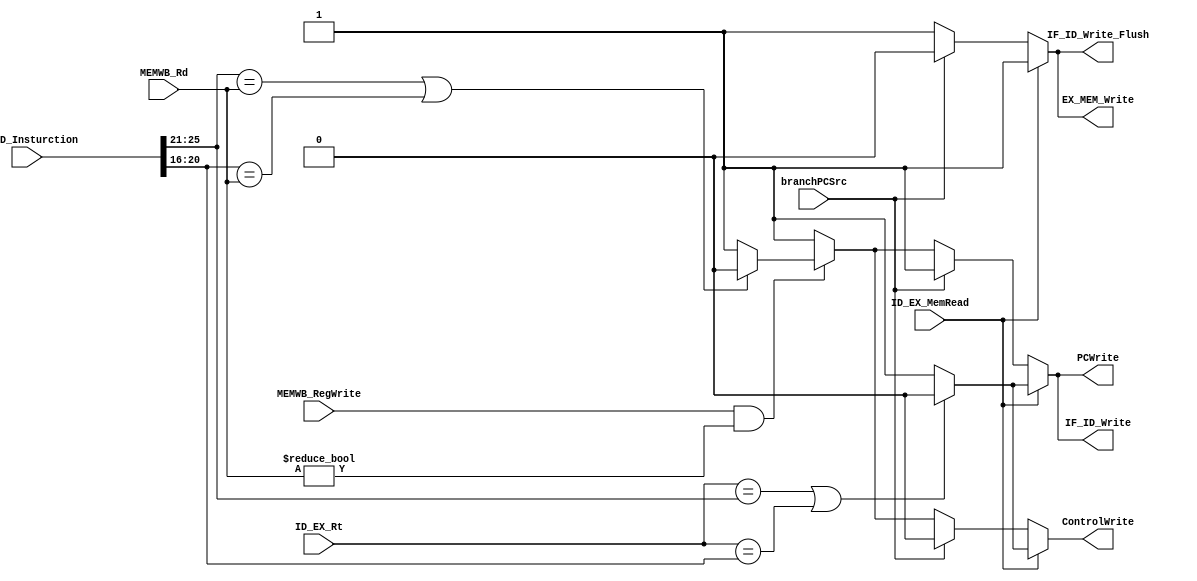
`timescale 1ns / 1ps
//////////////////////////////////////////////////////////////////////////////////
// Company: 
// Engineer: 
// 
// Design Name: 
// Module Name: HazardDetection
// Project Name: 
// Target Devices: 
// Tool Versions: 
// Description: 
// 
// Dependencies: 
// 
// Revision:
// Revision 0.01 - File Created
// Additional Comments:
// 
//////////////////////////////////////////////////////////////////////////////////


module HazardDetection(
//inputs
ID_EX_MemRead, IF_ID_Insturction, ID_EX_Rt, branchPCSrc,
MEMWB_RegWrite, MEMWB_Rd,
//outputs
PCWrite, IF_ID_Write, ControlWrite, EX_MEM_Write, IF_ID_Write_Flush
    );
    
    input ID_EX_MemRead;
    input [31:0] IF_ID_Insturction;
    input [4:0] ID_EX_Rt;
    input branchPCSrc;
    input MEMWB_RegWrite; 
    input [4:0] MEMWB_Rd;
    
    
    reg [4:0] IF_ID_Rs;
    reg [4:0] IF_ID_Rt;
    
    output reg PCWrite;
    output reg IF_ID_Write;
    output reg ControlWrite;
    output reg EX_MEM_Write;
    output reg IF_ID_Write_Flush;
    
    initial begin
        PCWrite <= 1;
        IF_ID_Write <= 1;
        ControlWrite <= 1; 
        EX_MEM_Write <= 1;
        IF_ID_Write_Flush <= 1;
    end
    
    always @(*) begin
        IF_ID_Rs <= IF_ID_Insturction[25:21];
        IF_ID_Rt <= IF_ID_Insturction[20:16];
        if(ID_EX_MemRead == 1) begin
            if(ID_EX_Rt == IF_ID_Rs || ID_EX_Rt == IF_ID_Rt) begin
                //stall the pipeline
                //make all signals zero for one cycle
                ControlWrite <= 0;
                IF_ID_Write <= 0;
                PCWrite <= 0;
                
                EX_MEM_Write <= 1;
                IF_ID_Write_Flush <= 1;
                // 0 means not writing, which is stalling and flushing 
            end
            else begin
                PCWrite <= 1;
                IF_ID_Write <= 1;
                ControlWrite <= 1; 
                EX_MEM_Write <= 1;   
                IF_ID_Write_Flush <= 1;        
            end
        end
        else if (branchPCSrc == 1) begin
            PCWrite <= 1;
            IF_ID_Write <= 1;
            //branch is on
            //flush three pipelines
            ControlWrite <= 0; 
            EX_MEM_Write <= 0;
            IF_ID_Write_Flush <= 0;
        end
        else if((MEMWB_RegWrite == 1) && (MEMWB_Rd != 0)) begin
            if((IF_ID_Rs == MEMWB_Rd) || (IF_ID_Rt == MEMWB_Rd)) begin
                ControlWrite <= 0;
                IF_ID_Write <= 0;
                PCWrite <= 0;
                
                EX_MEM_Write <= 1;
                IF_ID_Write_Flush <= 1;
            end
            else begin
                PCWrite <= 1;
                IF_ID_Write <= 1;
                ControlWrite <= 1; 
                EX_MEM_Write <= 1;
                IF_ID_Write_Flush <= 1;                
            end
        end
        else begin
            PCWrite <= 1;
            IF_ID_Write <= 1;
            ControlWrite <= 1; 
            EX_MEM_Write <= 1;
            IF_ID_Write_Flush <= 1;
        end
    end
    
endmodule


//        else if((MEMWB_RegWrite == 1) && (MEMWB_Rd != 0)) begin
//            if((IF_ID_Rs == MEMWB_Rd) || (IF_ID_Rt == MEMWB_Rd)) begin
//                ControlWrite <= 0;
//                PCWrite <= 0;
//            end
//            else begin
//                PCWrite <= 1;
//                IF_ID_Write <= 1;
//                ControlWrite <= 1; 
//                EX_MEM_Write <= 1;                
//            end
//        end